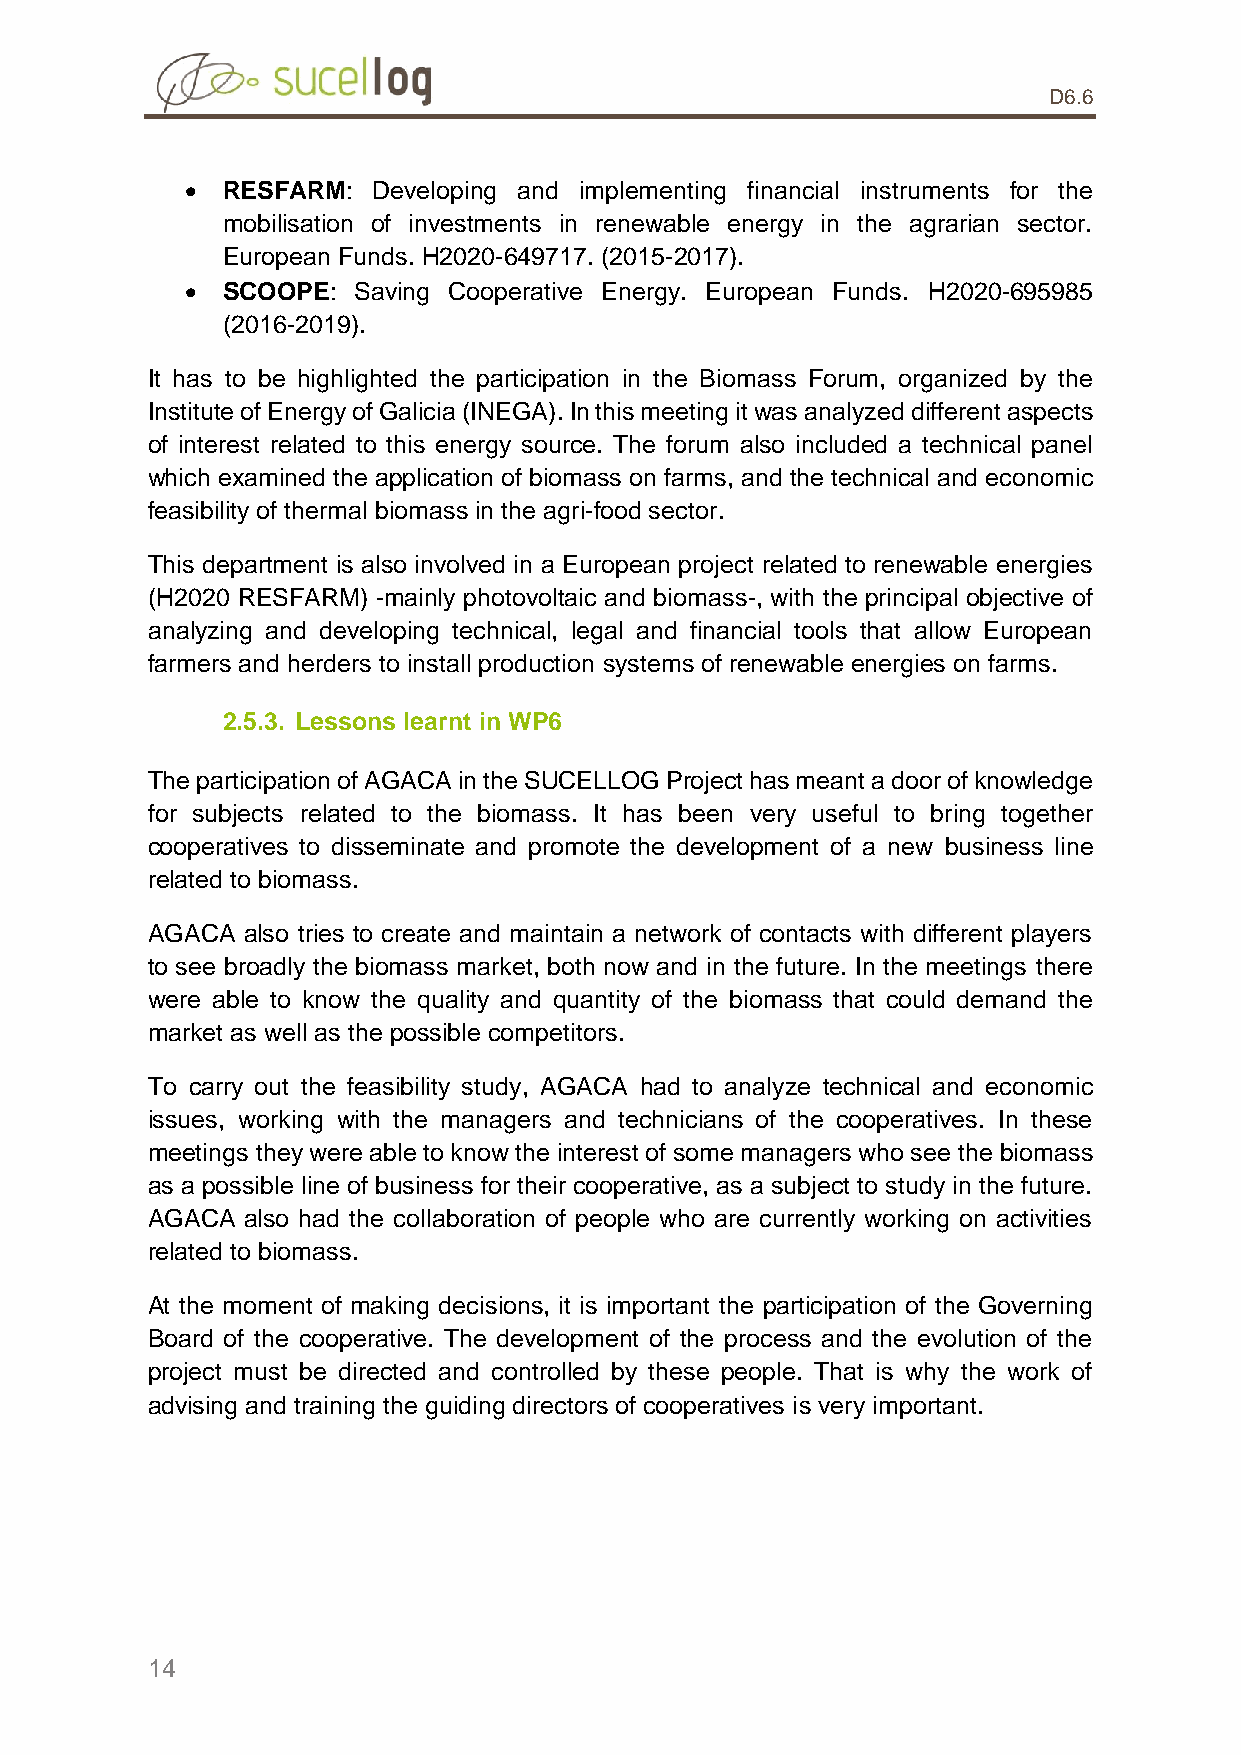
D6.6
   RESFARM:  Developing and implementing financial instruments for the
 mobilisation of investments in renewable energy in the agrarian sector.
 European Funds. H2020-649717. (2015-2017).
   SCOOPE: Saving Cooperative Energy. European Funds. H2020-695985
 (2016-2019).
 It has to be highlighted the participation in the Biomass Forum, organized by the
 Institute of Energy of Galicia (INEGA). In this meeting it was analyzed different aspects
 of interest related to this energy source. The forum also included a technical panel
 which examined the application of biomass on farms, and the technical and economic
 feasibility of thermal biomass in the agri-food sector.
 This department is also involved in a European project related to renewable energies
 (H2020 RESFARM) -mainly photovoltaic and biomass-, with the principal objective of
 analyzing and developing technical, legal and financial tools that allow European
 farmers and herders to install production systems of renewable energies on farms.
 2.5.3. Lessons learnt in WP6
 The participation of AGACA in the SUCELLOG Project has meant a door of knowledge
 for subjects related to the biomass. It has been very useful to bring together
 cooperatives to disseminate and promote the development of a new business line
 related to biomass.
 AGACA also tries to create and maintain a network of contacts with different players
 to see broadly the biomass market, both now and in the future. In the meetings there
 were able to know the quality and quantity of the biomass that could demand the
 market as well as the possible competitors.
 To carry out the feasibility study, AGACA had to analyze technical and economic
 issues, working with the managers and technicians of the cooperatives. In these
 meetings they were able to know the interest of some managers who see the biomass
 as a possible line of business for their cooperative, as a subject to study in the future.
 AGACA also had the collaboration of people who are currently working on activities
 related to biomass.
 At the moment of making decisions, it is important the participation of the Governing
 Board of the cooperative. The development of the process and the evolution of the
 project must be directed and controlled by these people. That is why the work of
 advising and training the guiding directors of cooperatives is very important.
 14